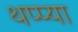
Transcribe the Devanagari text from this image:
थप्प्या